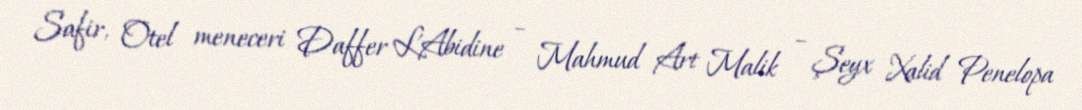
Safir, Otel meneceri Daffer L'Abidine – Mahmud Art Malik – Şeyx Xalid Penelopa